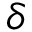
\delta